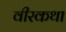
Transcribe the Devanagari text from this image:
वीरकथा